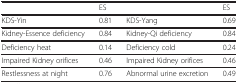
<table><thead><tr><td><b> </b></td><td><b>ES</b></td><td><b> </b></td><td><b>ES</b></td></tr><tr><td><b>KDS-Yin</b></td><td><b>0.81</b></td><td><b>KDS-Yang</b></td><td><b>0.69</b></td></tr></thead><tbody><tr><td>Kidney-Essence deficiency</td><td>0.84</td><td>Kidney-Qi deficiency</td><td>0.84</td></tr><tr><td>Deficiency heat</td><td>0.14</td><td>Deficiency cold</td><td>0.24</td></tr><tr><td>Impaired Kidney orifices</td><td>0.46</td><td>Impaired Kidney orifices</td><td>0.46</td></tr><tr><td>Restlessness at night</td><td>0.76</td><td>Abnormal urine excretion</td><td>0.49</td></tr></tbody></table>